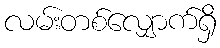
လမ်းတစ်လျှောက်ရှိ